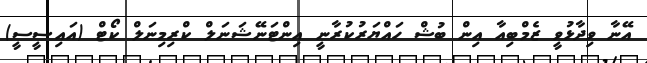
އޭނާ ވިދާޅުވީ ޒެމްބިއާ އިން ބުޝް ހައްޔަރުކުރާނީ އިންޓަނޭޝަނަލް ކްރިމިނަލް ކޯޓް (އައިސީސީ)